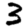
Digit: 3